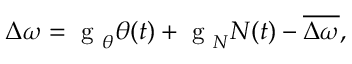
\Delta \omega = \mathrm { ~ g ~ } _ { \theta } \theta ( t ) + \mathrm { ~ g ~ } _ { N } N ( t ) - \overline { { \Delta \omega } } ,